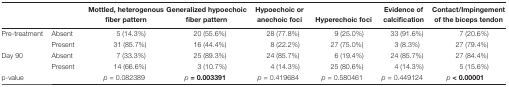
<table><thead><tr><td></td><td></td><td><b>Mottled, heterogenous fiber pattern</b></td><td><b>Generalized hypoechoic fiber pattern</b></td><td><b>Hypoechoic or anechoic foci</b></td><td><b>Hyperechoic foci</b></td><td><b>Evidence of calcification</b></td><td><b>Contact/Impingement of the biceps tendon</b></td></tr></thead><tbody><tr><td>Pre-treatment</td><td>Absent</td><td>5 (14.3%)</td><td>20 (55.6%)</td><td>28 (77.8%)</td><td>9 (25.0%)</td><td>33 (91.6%)</td><td>7 (20.6%)</td></tr><tr><td></td><td>Present</td><td>31 (85.7%)</td><td>16 (44.4%)</td><td>8 (22.2%)</td><td>27 (75.0%)</td><td>3 (8.3%)</td><td>27 (79.4%)</td></tr><tr><td>Day 90</td><td>Absent</td><td>7 (33.3%)</td><td>25 (89.3%)</td><td>24 (85.7%)</td><td>6 (19.4%)</td><td>24 (85.7%)</td><td>27 (84.4%)</td></tr><tr><td></td><td>Present</td><td>14 (66.6%)</td><td>3 (10.7%)</td><td>4 (14.3%)</td><td>25 (80.6%)</td><td>4 (14.3%)</td><td>5 (15.6%)</td></tr><tr><td>p-value</td><td></td><td><i>p</i> = 0.082389</td><td><b><i>p</i> = </b><b>0.003391</b></td><td><i>p</i> = 0.419684</td><td><i>p</i> = 0.580461</td><td><i>p</i> = 0.449124</td><td><b><i>p</i> &lt; </b><b>0.00001</b></td></tr></tbody></table>